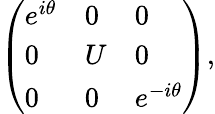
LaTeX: \left(\begin{array}{lll}{{e^{i\theta}}}&{{0}}&{{0}}\\ {{0}}&{{U}}&{{0}}\\ {{0}}&{{0}}&{{e^{-i\theta}}}\end{array}\right),